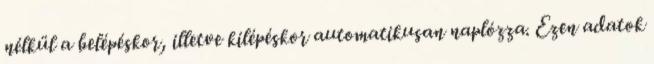
nélkül a belépéskor, illetve kilépéskor automatikusan naplózza. Ezen adatok